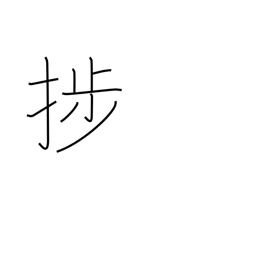
Meaning: make progress